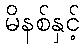
မိနစ်နှင့်